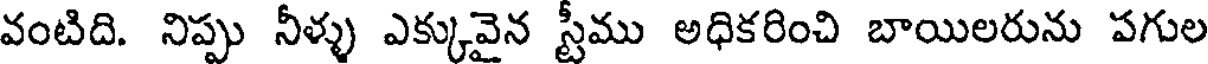
వంటిది. నిప్పు నీళ్ళు ఎక్కువైన స్టీము అధికరించి బాయిలరును పగుల